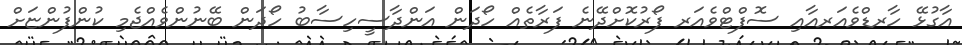
އާގުޅޭ ހާރޑްވެއަރއާއި ސޮފްޓްވެއަރ ފޯރުކޮށްދޭނެ ފަރާތެއް ހޯދަން އަންދާސީހިސާބު ހޯދަން ބޭނުންވެއްޖެމި ކުންފުންޏަށް